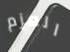
العزم